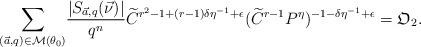
LaTeX: \begin{align*}\sum_{(\vec{a},q)\in \mathcal{M}(\theta_0)} & \frac{|S_{\vec{a},q}(\vec{\nu})|}{q^n}\widetilde{C}^{r^2-1+(r-1)\delta\eta^{-1}+\epsilon}(\widetilde{C}^{r-1}P^\eta)^{-1-\delta\eta^{-1}+\epsilon}=\mathfrak{O}_2.\end{align*}